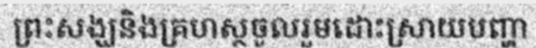
ព្រះសង្ឃនិងគ្រហស្ថចូលរួមដោះស្រាយបញ្ហា